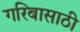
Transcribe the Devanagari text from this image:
गरिबासाठी